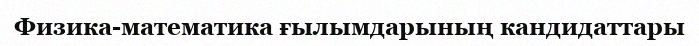
Физика-математика ғылымдарының кандидаттары